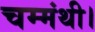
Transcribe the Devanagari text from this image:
चम्मंथी।